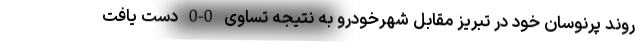
روند پرنوسان خود در تبریز مقابل شهرخودرو به نتیجه تساوی 0-0 دست یافت